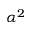
\alpha ^ { 2 }